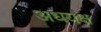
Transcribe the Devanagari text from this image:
अधयक्ष